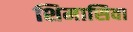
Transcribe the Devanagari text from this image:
शिमासिवा